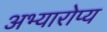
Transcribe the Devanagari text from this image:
अभ्यारोप्य